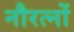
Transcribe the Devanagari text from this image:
नौरत्नों